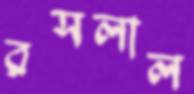
রসলাল